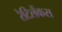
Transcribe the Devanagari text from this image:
रेटिलेंकस